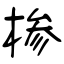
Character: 椮